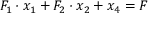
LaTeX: F _ { 1 } \cdot x _ { 1 } + F _ { 2 } \cdot x _ { 2 } + x _ { 4 } = F